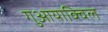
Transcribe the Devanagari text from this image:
गुआयाक्विल